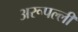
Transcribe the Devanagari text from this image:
अरूपल्ली